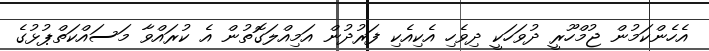
އެހެންކަމުން ޖުމްހޫރީ ދުވަހަކީ ދިވެހި އެކިއެކި ފަރުދުން އަމިއްލަގޮތުން އެ ކުރައްވާ މަސައްކަތްޕުޅުގެ